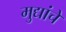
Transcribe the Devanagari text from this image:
मुद्यांचे